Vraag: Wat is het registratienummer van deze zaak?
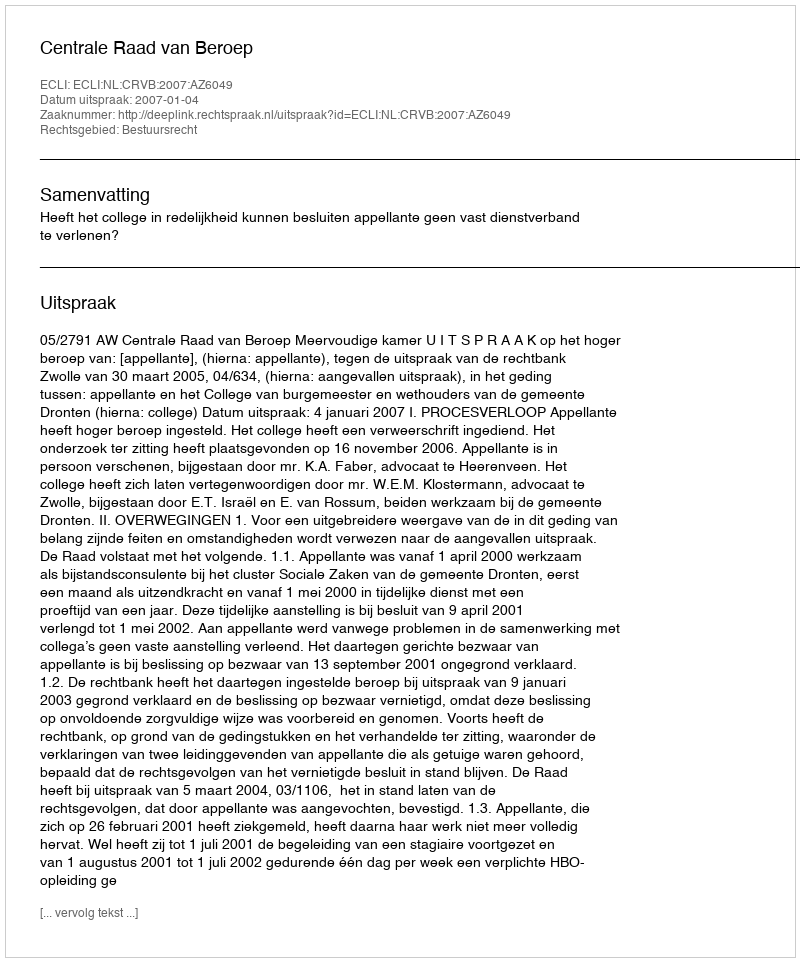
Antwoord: http://deeplink.rechtspraak.nl/uitspraak?id=ECLI:NL:CRVB:2007:AZ6049